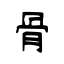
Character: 骨